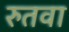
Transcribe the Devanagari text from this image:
रुतवा